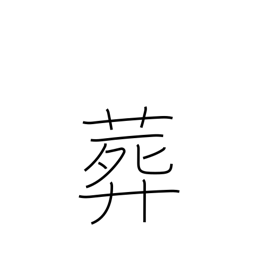
Meaning: interment